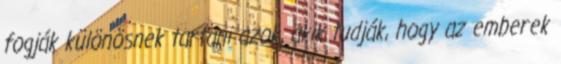
fogják különösnek tartani azok, akik tudják, hogy az emberek